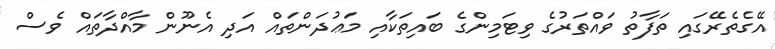
އޭގެތެރޭގައި ތަފާތު ވައްތަރުގެ ވިޓަމިންގެ ބައިތަކާއި މަޢުދަންތައް އަދި އެނޫން މާއްދާތައް ވެސް